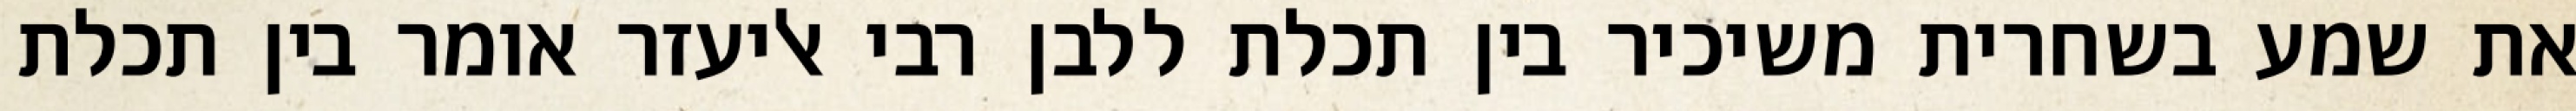
את שמע בשחרית משיכיר בין תכלת ללבן רבי אליעזר אומר בין תכלת